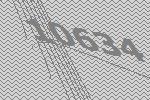
10634